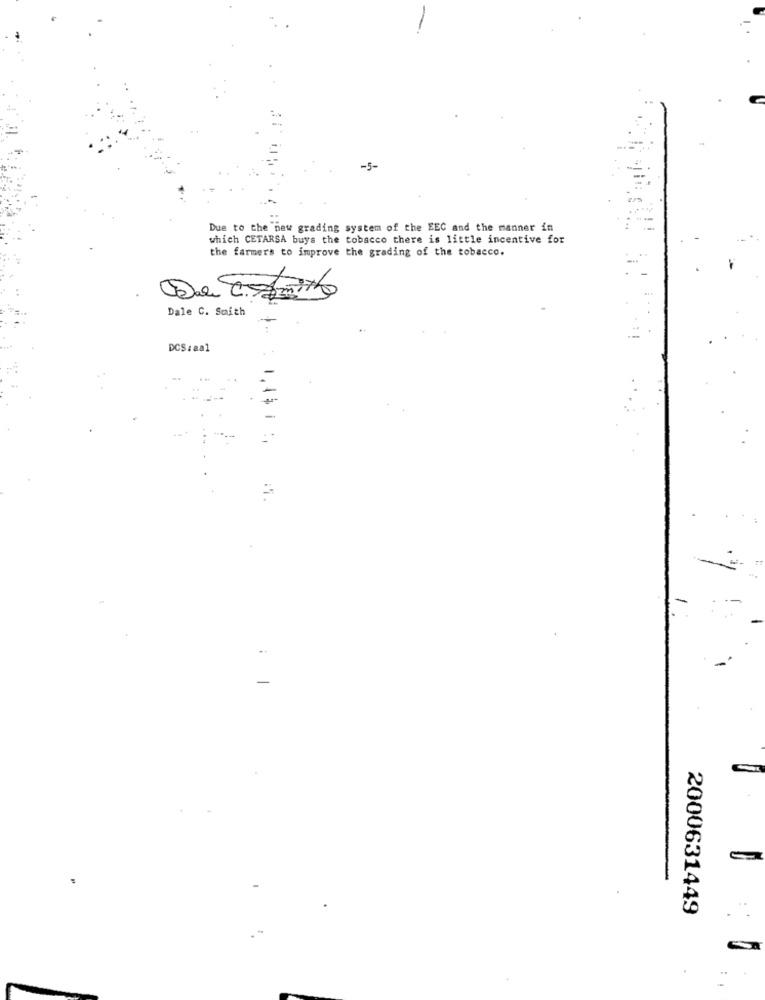
-5-
Due to the new grading system of the EEC and the manner in
which CETARSA buys the tobacco there is little incentive for
the farmers to improve the grading of the tobacco.
Dale C. Smith
DCS:aa1
..
-
2000631449
..